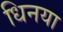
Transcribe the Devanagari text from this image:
धिनया